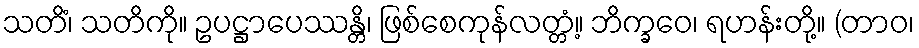
သတိံ၊ သတိကို။ ဥပဋ္ဌာပေဿန္တိ၊ ဖြစ်စေကုန်လတ္တံ့။ ဘိက္ခဝေ၊ ရဟန်းတို့။ (တာဝ၊